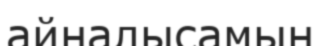
айналысамын